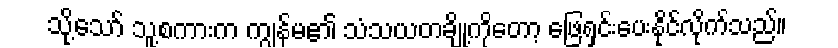
သို့သော် သူ့စကားက ကျွန်မ၏ သံသယတချို့ကိုတော့ ဖြေရှင်းပေးနိုင်လိုက်သည်။